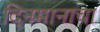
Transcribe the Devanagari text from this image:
दिनमानाचा